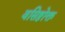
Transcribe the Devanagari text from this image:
वसिष्ठोक्त